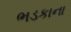
ભડકાના